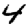
Digit: 4